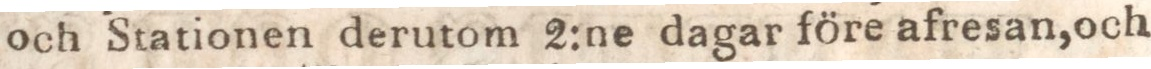
och Stationen derutom 2:ne dagar före afresan, och